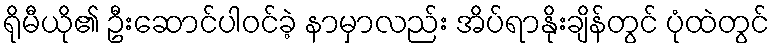
ရိုမီယို၏ ဦးဆောင်ပါဝင်ခဲ့ နာမှာလည်း အိပ်ရာနိုးချိန်တွင် ပုံထဲတွင်